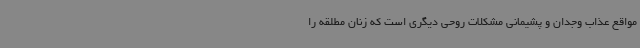
مواقع عذاب وجدان و پشیمانی مشکلات روحی دیگری است که زنان مطلقه را